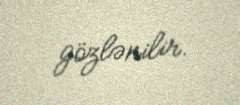
gözlənilir.